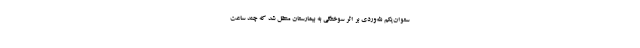
ستوان‌یکم الله‌وردی بر اثر سوختگی به بیمارستان منتقل شد که چند ساعت